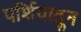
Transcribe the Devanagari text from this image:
पर्शियातून